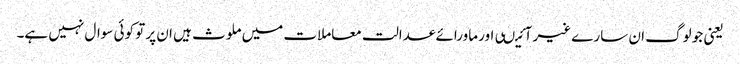
یعنی جو لوگ ان سارے غیر آئیںی اور ماورائے عدالت معاملات میں ملوث ہیں ان پر تو کوئی سوال نہیں ہے۔